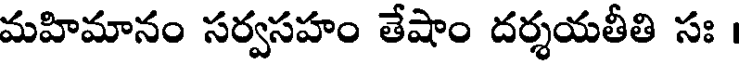
మహిమానం సర్వసహం తేషాం దర్శయతీతి సః ।